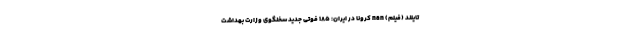
تایلند (فیلم) nan کرونا در ایران: 185 فوتی جدید سخنگوی وزارت بهداشت